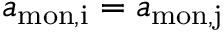
{ a _ { \mathrm { m o n , i } } = a _ { \mathrm { m o n , j } } }